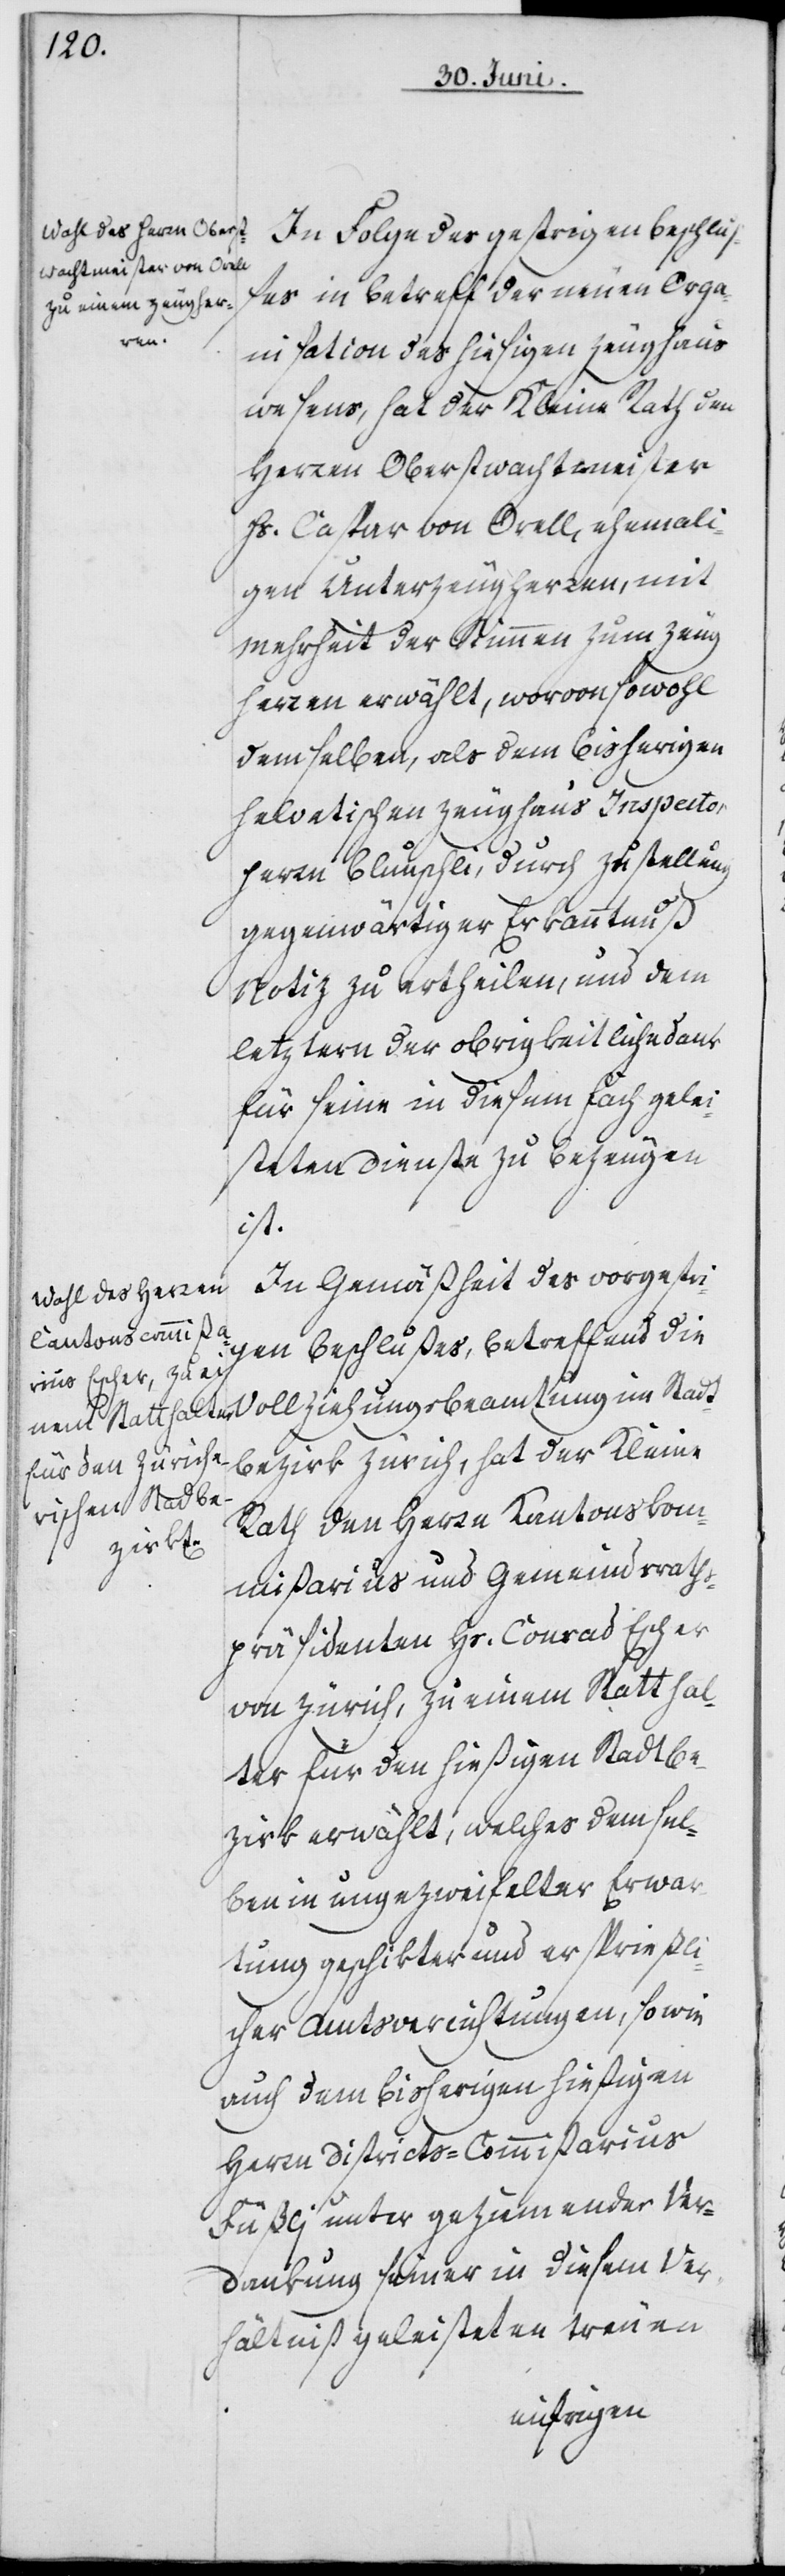
In Folge des gestrigen Beschluß¬
es in Betreff der neuen Orga¬
nisation des hiesigen Zeughaus¬
wesens, hat der Kleine Rath den
Herren Oberstwachtmeister
Hs. Caspar von Orell, ehemali¬
gen Unterzeugherren, mit
Mehrheit der Stimmen zum Zeug¬
herren erwählt, worvon sowohl
dem selben, als dem bisherigen
helvetischen Zeughaus Inspector
Herrn Blunschli, durch Zustellung
gegenwärtiger Erkanntnuß
Notiz zu ertheilen, und dem
letztern der obrigkeitliche Dank
für seine in diesem Fach gelei¬
steten Denste zu bezeugen
ist.
In Gemäßheit des vorgestri¬
gen Beschlußes, betreffend di¬
e Vollziehungsbeamtung im Stadt¬
bezirk Zürich, hat der Kleine
Rath den Herrn Kantonskom¬
mißarius und Gemeindsrath¬
spräsidenten Hs. Conrad Escher
von Zürich, zu einem Statthal¬
ter für den hießigen Stadtbe¬
zirk erwählt, welches demsel¬
ben in ungezweifelter Erwar¬
tung geschikter und ersprießli¬
cher Amtsverrichtungen, sowie
auch dem bisherigen hießigen
Herrn Districts-Commißarius
Füßli unter geziemender Ver¬
dankung seiner in diesem Ver¬
hältniß geleisteten treuen